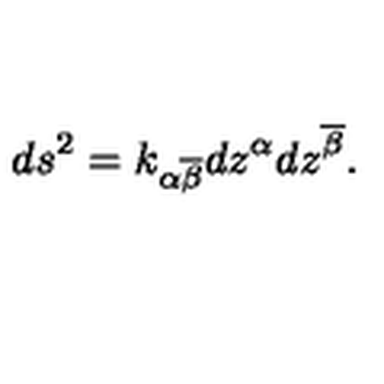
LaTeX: d s ^ { 2 } = k _ { \alpha \overline { { \beta } } } d z ^ { \alpha } d z ^ { \overline { { \beta } } } .